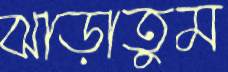
ঝাড়াতুম